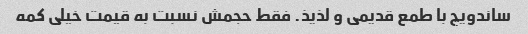
ساندویچ با طمع قدیمی و لذیذ. فقط حجمش نسبت به قیمت خیلی کمه